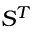
S ^ { T }